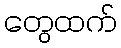
တွေထက်